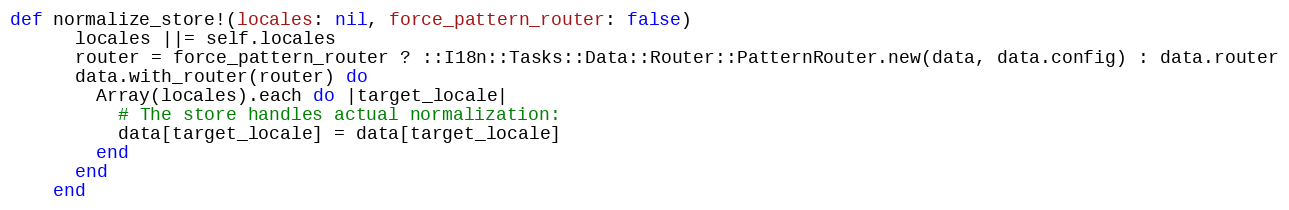
Language: Ruby
def normalize_store!(locales: nil, force_pattern_router: false)
      locales ||= self.locales
      router = force_pattern_router ? ::I18n::Tasks::Data::Router::PatternRouter.new(data, data.config) : data.router
      data.with_router(router) do
        Array(locales).each do |target_locale|
          # The store handles actual normalization:
          data[target_locale] = data[target_locale]
        end
      end
    end